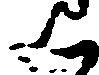
く